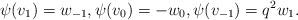
LaTeX: \begin{align*}\psi(v_1) = w_{-1}, \psi(v_0) = -w_{0}, \psi(v_{-1}) = q^2 w_1.\end{align*}